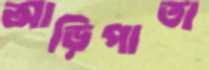
আড়িপাতা